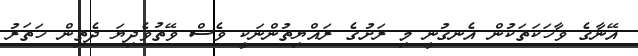
އޭނާގެ ވާހަކަތަކުން އެނގުނީ މި ރަށުގެ ރައްޔިތުންނަކީ ވެސް ވޭތުވެދިޔަ ދެތިން ހަތަރު